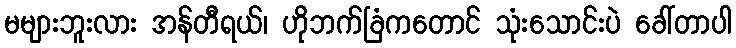
မများဘူးလား အန်တီရယ်၊ ဟိုဘက်ခြံကတောင် သုံးသောင်းပဲ ခေါ်တာပါ